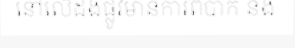
នៅលើដងផ្លូវមានការពិបាក និង